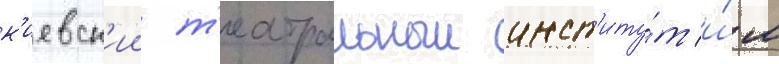
к'иевск'ии т'еатральныи инст'иту́т и́м